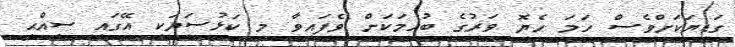
ގަޑިޔަކަށްވެސް ހަމަ ހެޔޮ ވަރުގެ ބުއިމަކަށް ވެފައިވާ މި ކަޅުސަޔަކީ އޭގައި ސީއްޙީ